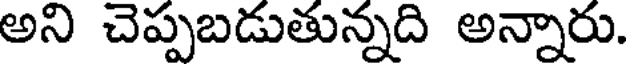
అని చెప్పబడుతున్నది అన్నారు.